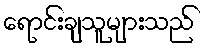
ရောင်းချသူများသည်